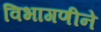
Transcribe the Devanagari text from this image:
विभागणीने